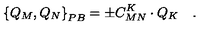
\left\{ Q _ { M } , Q _ { N } \right\} _ { P B } = \pm C _ { M N } ^ { K } \cdot Q _ { K } \quad .